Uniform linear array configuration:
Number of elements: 32
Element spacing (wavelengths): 1
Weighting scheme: uniform
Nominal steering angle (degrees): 0
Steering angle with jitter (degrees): -0.9014
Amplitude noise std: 0.05
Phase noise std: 0.05

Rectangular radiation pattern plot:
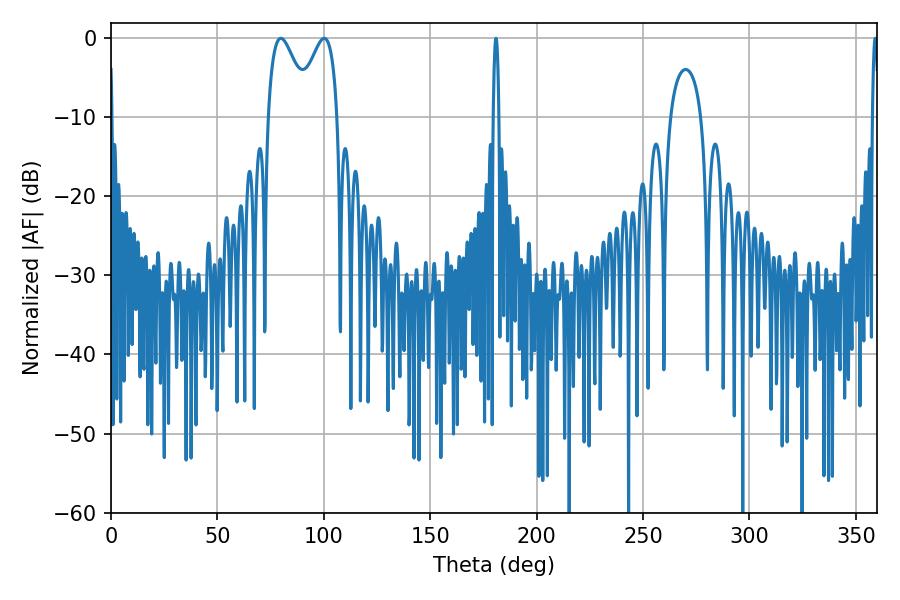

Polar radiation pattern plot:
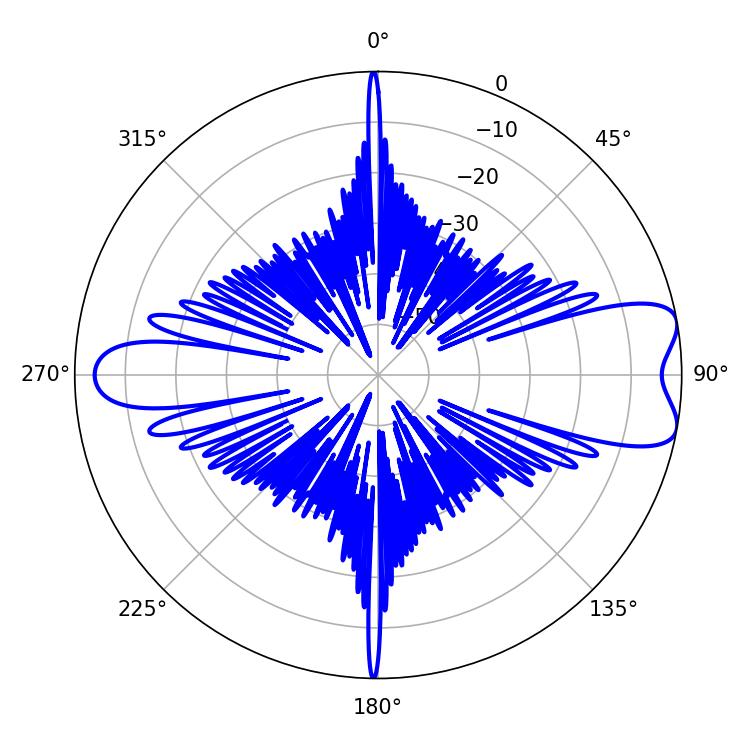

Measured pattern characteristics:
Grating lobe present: TRUE
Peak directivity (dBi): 8.491
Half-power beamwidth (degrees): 1.44
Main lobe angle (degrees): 180.9